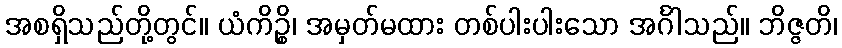
အစရှိသည်တို့တွင်။ ယံကိဉ္စိ၊ အမှတ်မထား တစ်ပါးပါးသော အင်္ဂါသည်။ ဘိဇ္ဇတိ၊